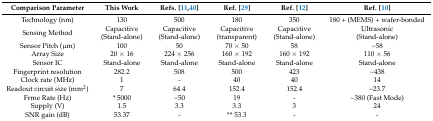
| Comparison Parameter | This Work | Refs. [11,40] | Ref. [29] | Ref. [12] | Ref. [10] |
 | --- | --- | --- | --- | --- | --- |
 | Technology (nm) | 130 | 500 | 180 | 350 | 180 + (MEMS) + wafer-bonded |
 | Sensing Method | Capacitive (Stand-alone) | Capacitive (Stand-alone) | Capacitive (transparent) | Capacitive (Stand-alone) | Ultrasonic (Stand-alone) |
 | Sensor Pitch (μm) | 100 | 50 | 70 × 50 | 58 | ~58 |
 | Array Size | 20 × 16 | 224 × 256 | 160 × 192 | 160 × 192 | 110 × 56 |
 | Sensor IC | Stand-alone | Stand-alone | Stand-alone | Stand-alone | Stand-alone |
 | Fingerprint resolution | 282.2 | 508 | 500 | 423 | ~438 |
 | Clock rate (MHz) | 1 | - | 40 | 40 | 14 |
 | Readout circuit size (mm2) | 7 | 64.4 | 152.4 | 152.4 | ~23.7 |
 | Frme Rate (Hz) | * 5000 | ~50 | 19 | - | ~380 (Fast Mode) |
 | Supply (V) | 1.5 | 3.3 | 3.3 | 3 | 24 |
 | SNR gain (dB) | 53.37 | - | ** 53.3 | - | - |